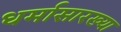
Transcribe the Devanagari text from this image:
धर्मासारख्या